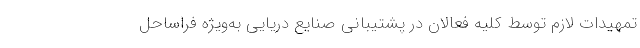
تمهیدات لازم توسط کلیه فعالان در پشتیبانی صنایع دریایی به‌ویژه فراساحل